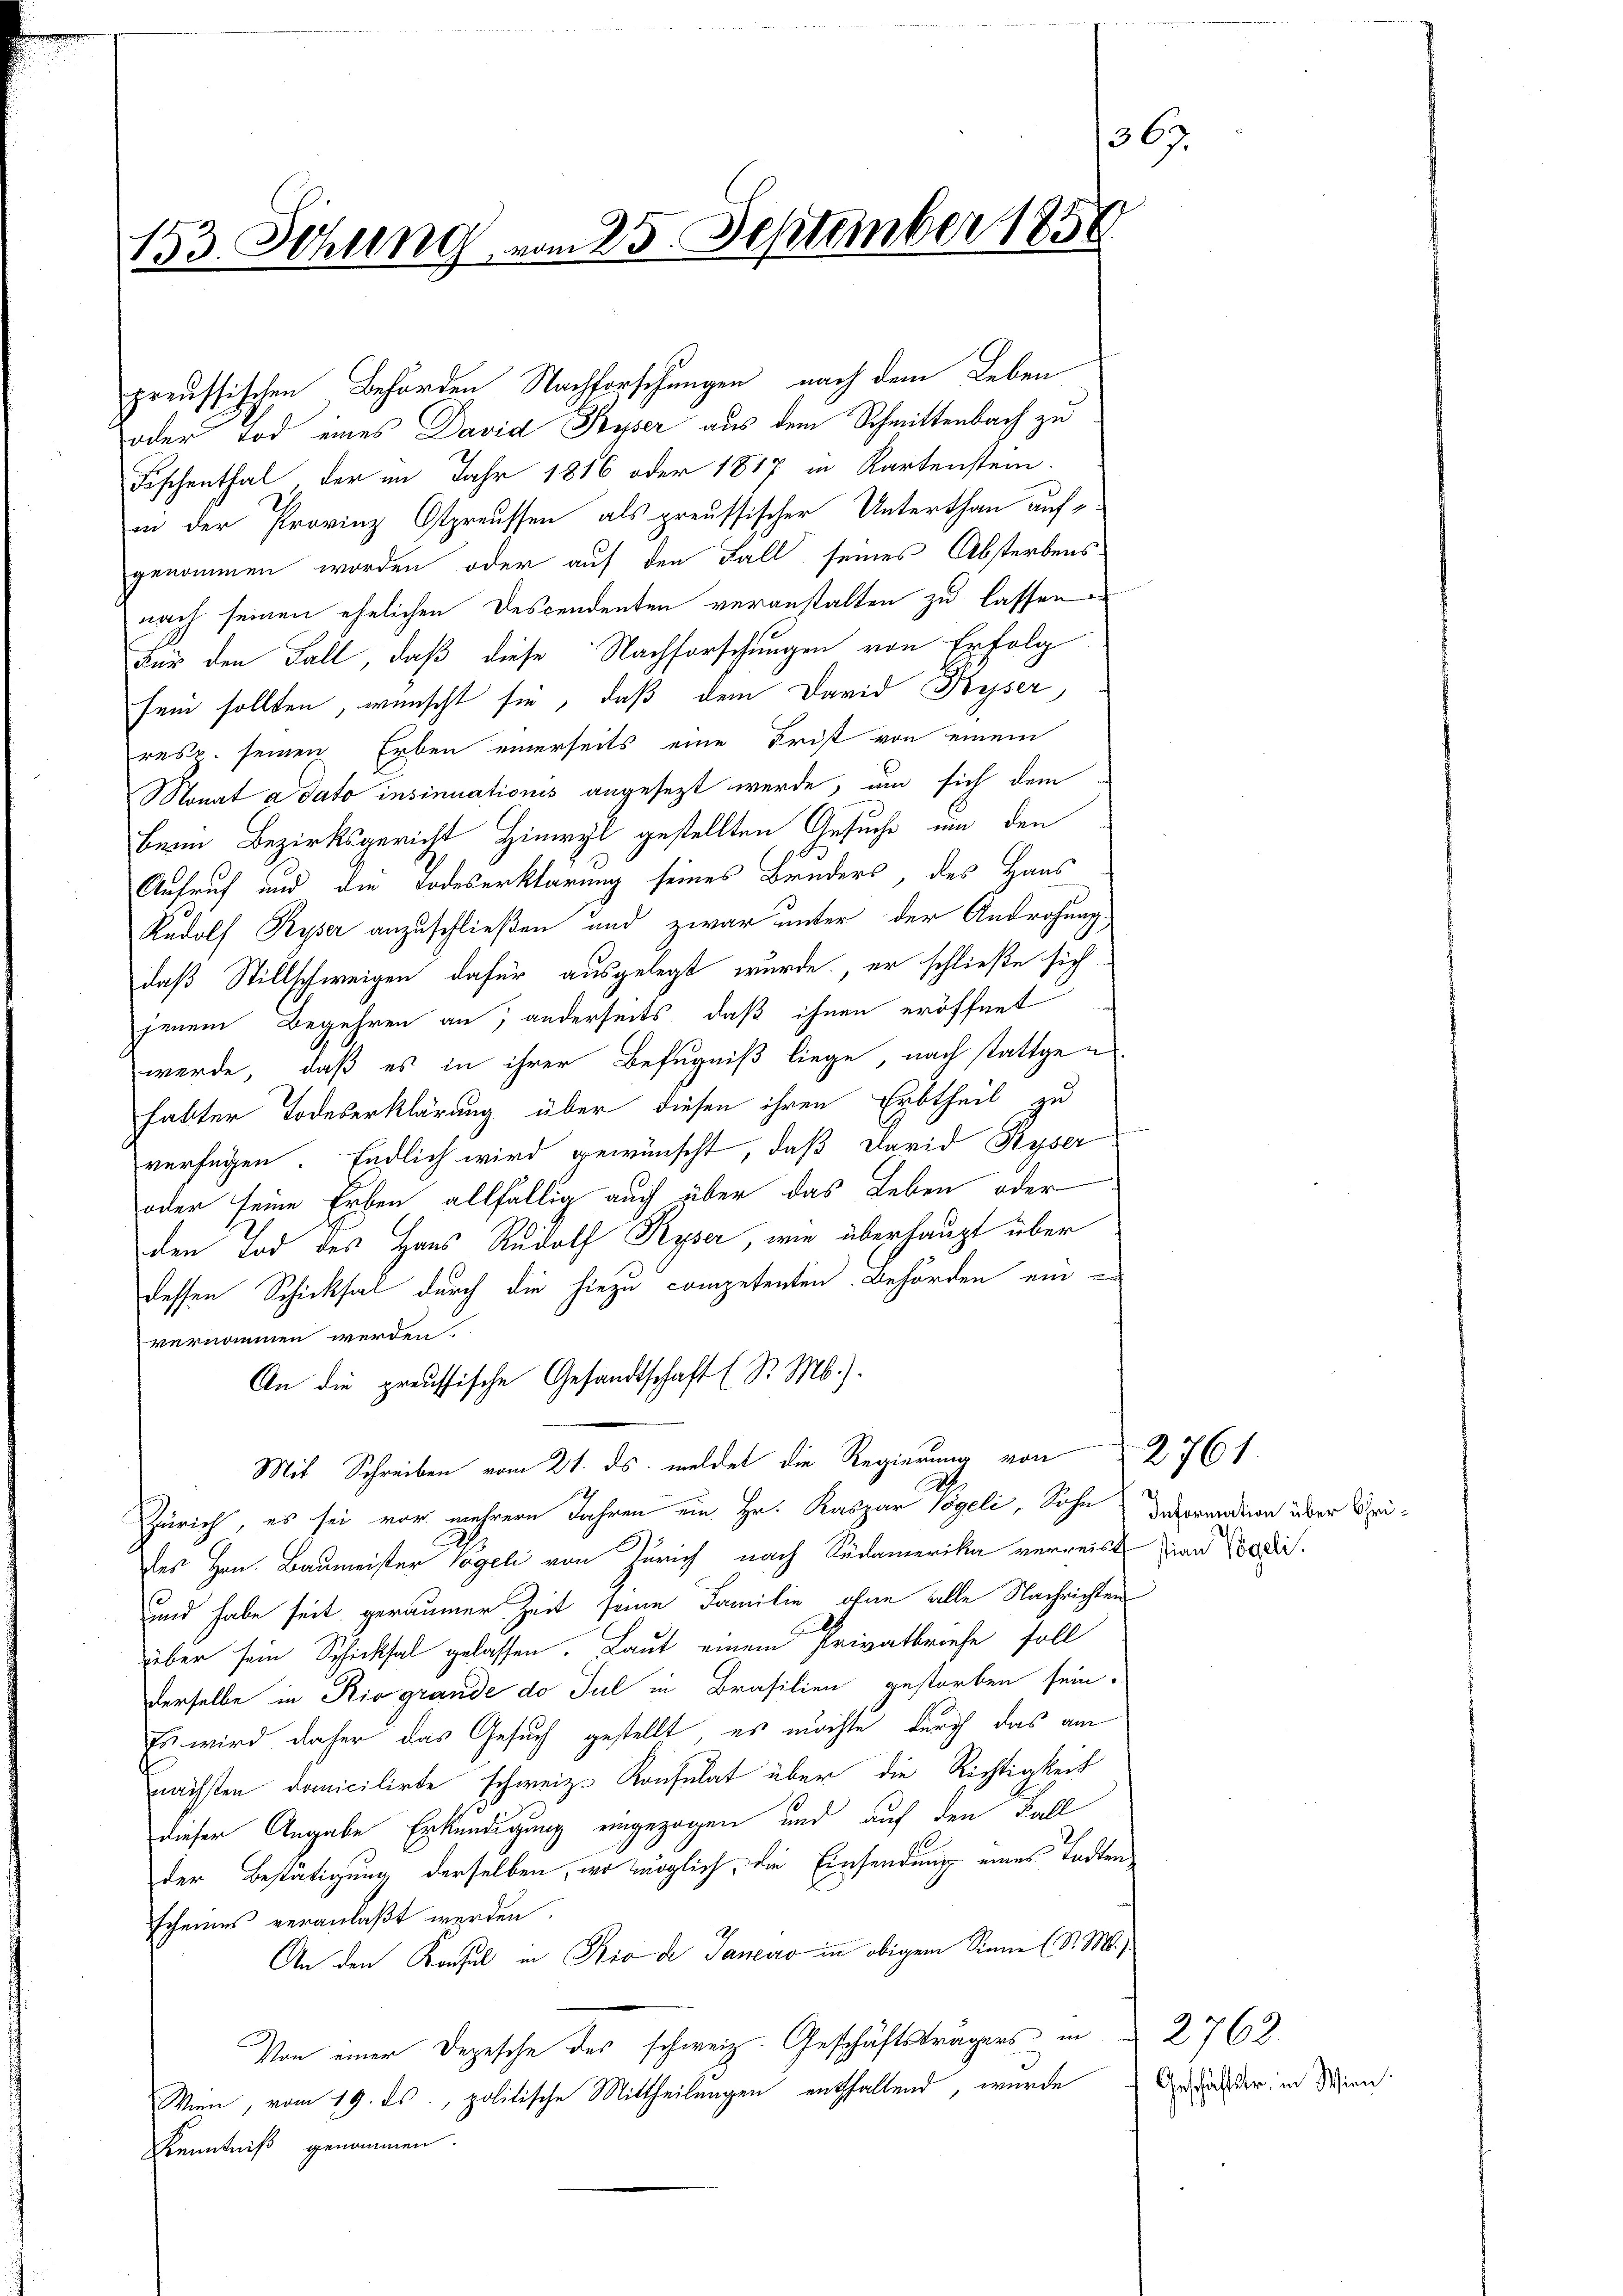
136
153. Sitzung vom 25. September 1858

preussischen Behörden Nachforschungen nach dem Leben
oder Tod eines David Kyser aus dem Schmittenbach zu
Fischenthal, der im Jahr 1816 oder 1817 in Kartenstein.
in der Provinz Ostpreussen als preussischer Unterthan auf
genommen worden oder auf den Fall seines Absterbens
nach seinen ehelichen Descendenten veranstalten zu lassen
Für den Fall, daß diese Nachforschungen von Erfolg
sein sollten, wünscht sie, daß dem David Kyser,
resp. seinen Erben einerseits eine Frist von einem
Monat a dato insinuationis angesezt werde, um sich dem
beim Bezirksgericht Hinwyl gestellten Gesuche um den
Aufruf und die Todeserklärung seines Bruders, des Haus
Rudolf Ryser anzuschließen und zwar unter der Androhung
daß Stillschweigen dafür ausgelegt wurde, er schließe sich
jenem Begehren an, anderseits, daß ihnen eröffnet
werde, daß es in ihrer Befugniß liege, nach stattgen
habter Todeserklärung über diesen ihren Erbtheil zu
verfügen. Endlich wird gewünscht, daß David Ryser
oder seine Erben allfällig auch über das Leben oder
den Tod des Haus Rudolf Ryser, wie überhaupt über
dessen Schicksal durch die hiezu competenten. Behörden ein e
vernommen werden.
An die preussische Gesandtschaft (S. M.).
Mit Schreiben vom 21. ds. meldet die Regierung von
Zürich, es sei vor mehrere Jahren ein Hr. Kaspar Vögeli, Sohn
des Hrn. Baumeister Vogel von Zürich nach Südamerika verreist Zian Kodi¬
und habe seit geraumer Zeit seine Familie ohne alle Nachrichten
über sein Schicksal gelassen. Laut einem Privatbriefe soll
derselbe in Rio grande do sul in Brasilien gestorben sein.
Es wird daher das Gesuch gestellt, es möchte durch das am
nächsten Danicilirte schweiz. Konsulat über die Richtigkeit
dieser Angabe Erkundigung eingezogen und auf den Fall
der Bestätigung derselben, wo möglich, die Einsendung eines Todtenscheines veranlaßt werden.
An den Konsul in Rio de Janeiro in obigem Sinne (S. M.).
Von einer Depesche des schweiz. Geschäftsträgers in 2762.
Wien, vom 19. ds., politische Mittheilungen enthaltend, wurde
Kenntniß genommen.

Information über Chri¬

2761.

Geschäftstr. in Wien.